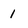
Character: 1